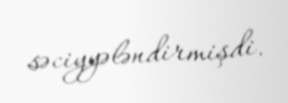
səciyyələndirmişdi.